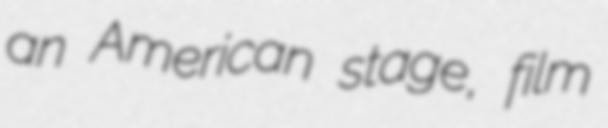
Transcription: an American stage, film